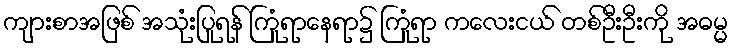
ကျားစာအဖြစ် အသုံးပြုရန် ကြုံရာနေရာ၌ ကြုံရာ ကလေးငယ် တစ်ဦးဦးကို အဓမ္မ